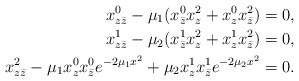
\begin{align*}x^0_{z\bar z}-\mu_1(x^0_{\bar z}x^2_z+x^0_zx^2_{\bar z})&=0,\\x^1_{z\bar z}-\mu_2(x^1_{\bar z}x^2_z+x^1_zx^2_{\bar z})&=0,\\x^2_{z\bar z}-\mu_1x^0_zx^0_{\bar z}e^{-2\mu_1x^2}+\mu_2x^1_zx^1_{\bar z}e^{-2\mu_2x^2}&=0.\end{align*}